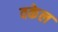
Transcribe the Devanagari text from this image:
वकेल